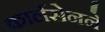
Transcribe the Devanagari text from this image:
कार्लसेनने